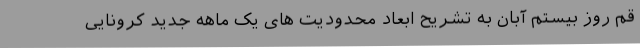
قم روز بیستم آبان به تشریح ابعاد محدودیت های یک ماهه جدید کرونایی